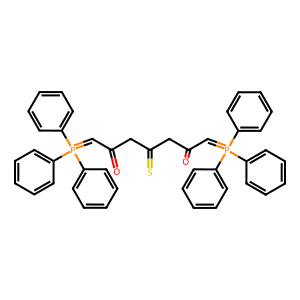
SMILES: O=C(C=P(c1ccccc1)(c1ccccc1)c1ccccc1)CC(=S)CC(=O)C=P(c1ccccc1)(c1ccccc1)c1ccccc1
Inhibits HIV replication: No